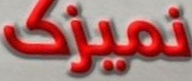
نمیزك